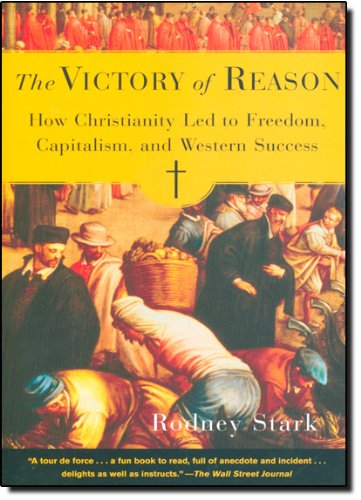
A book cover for The Victory of Reason: How Christianity Led to Freedom, Capitalism, and Western Success; Rodney Stark; Christian Books & Bibles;